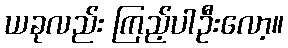
ယခုလည်း ကြည့်ပါဦးလော့။